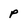
Character: p